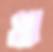
খা